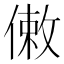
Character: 𠍏